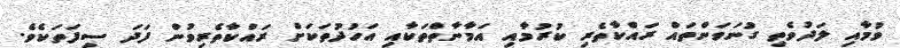
ވުމާއި ލަދުވެތި ގުނަވަންތައް ރައްކާތެރި ކުރުމާއި އަމާނާތްތަކާއި އަހުދުތަކަށް ރައްކާތެރިވުން ފަދަ ސިފަތަކެވެ.